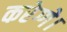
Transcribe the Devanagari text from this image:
करेग्गे।